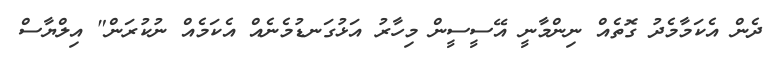
ދެން އެކަމާމެދު ގޮތެއް ނިންމާނީ އޭސީސީން މިހާރު އަޅުގަނޑުމެނެއް އެކަމެއް ނުކުރަން" އިލްޔާސް